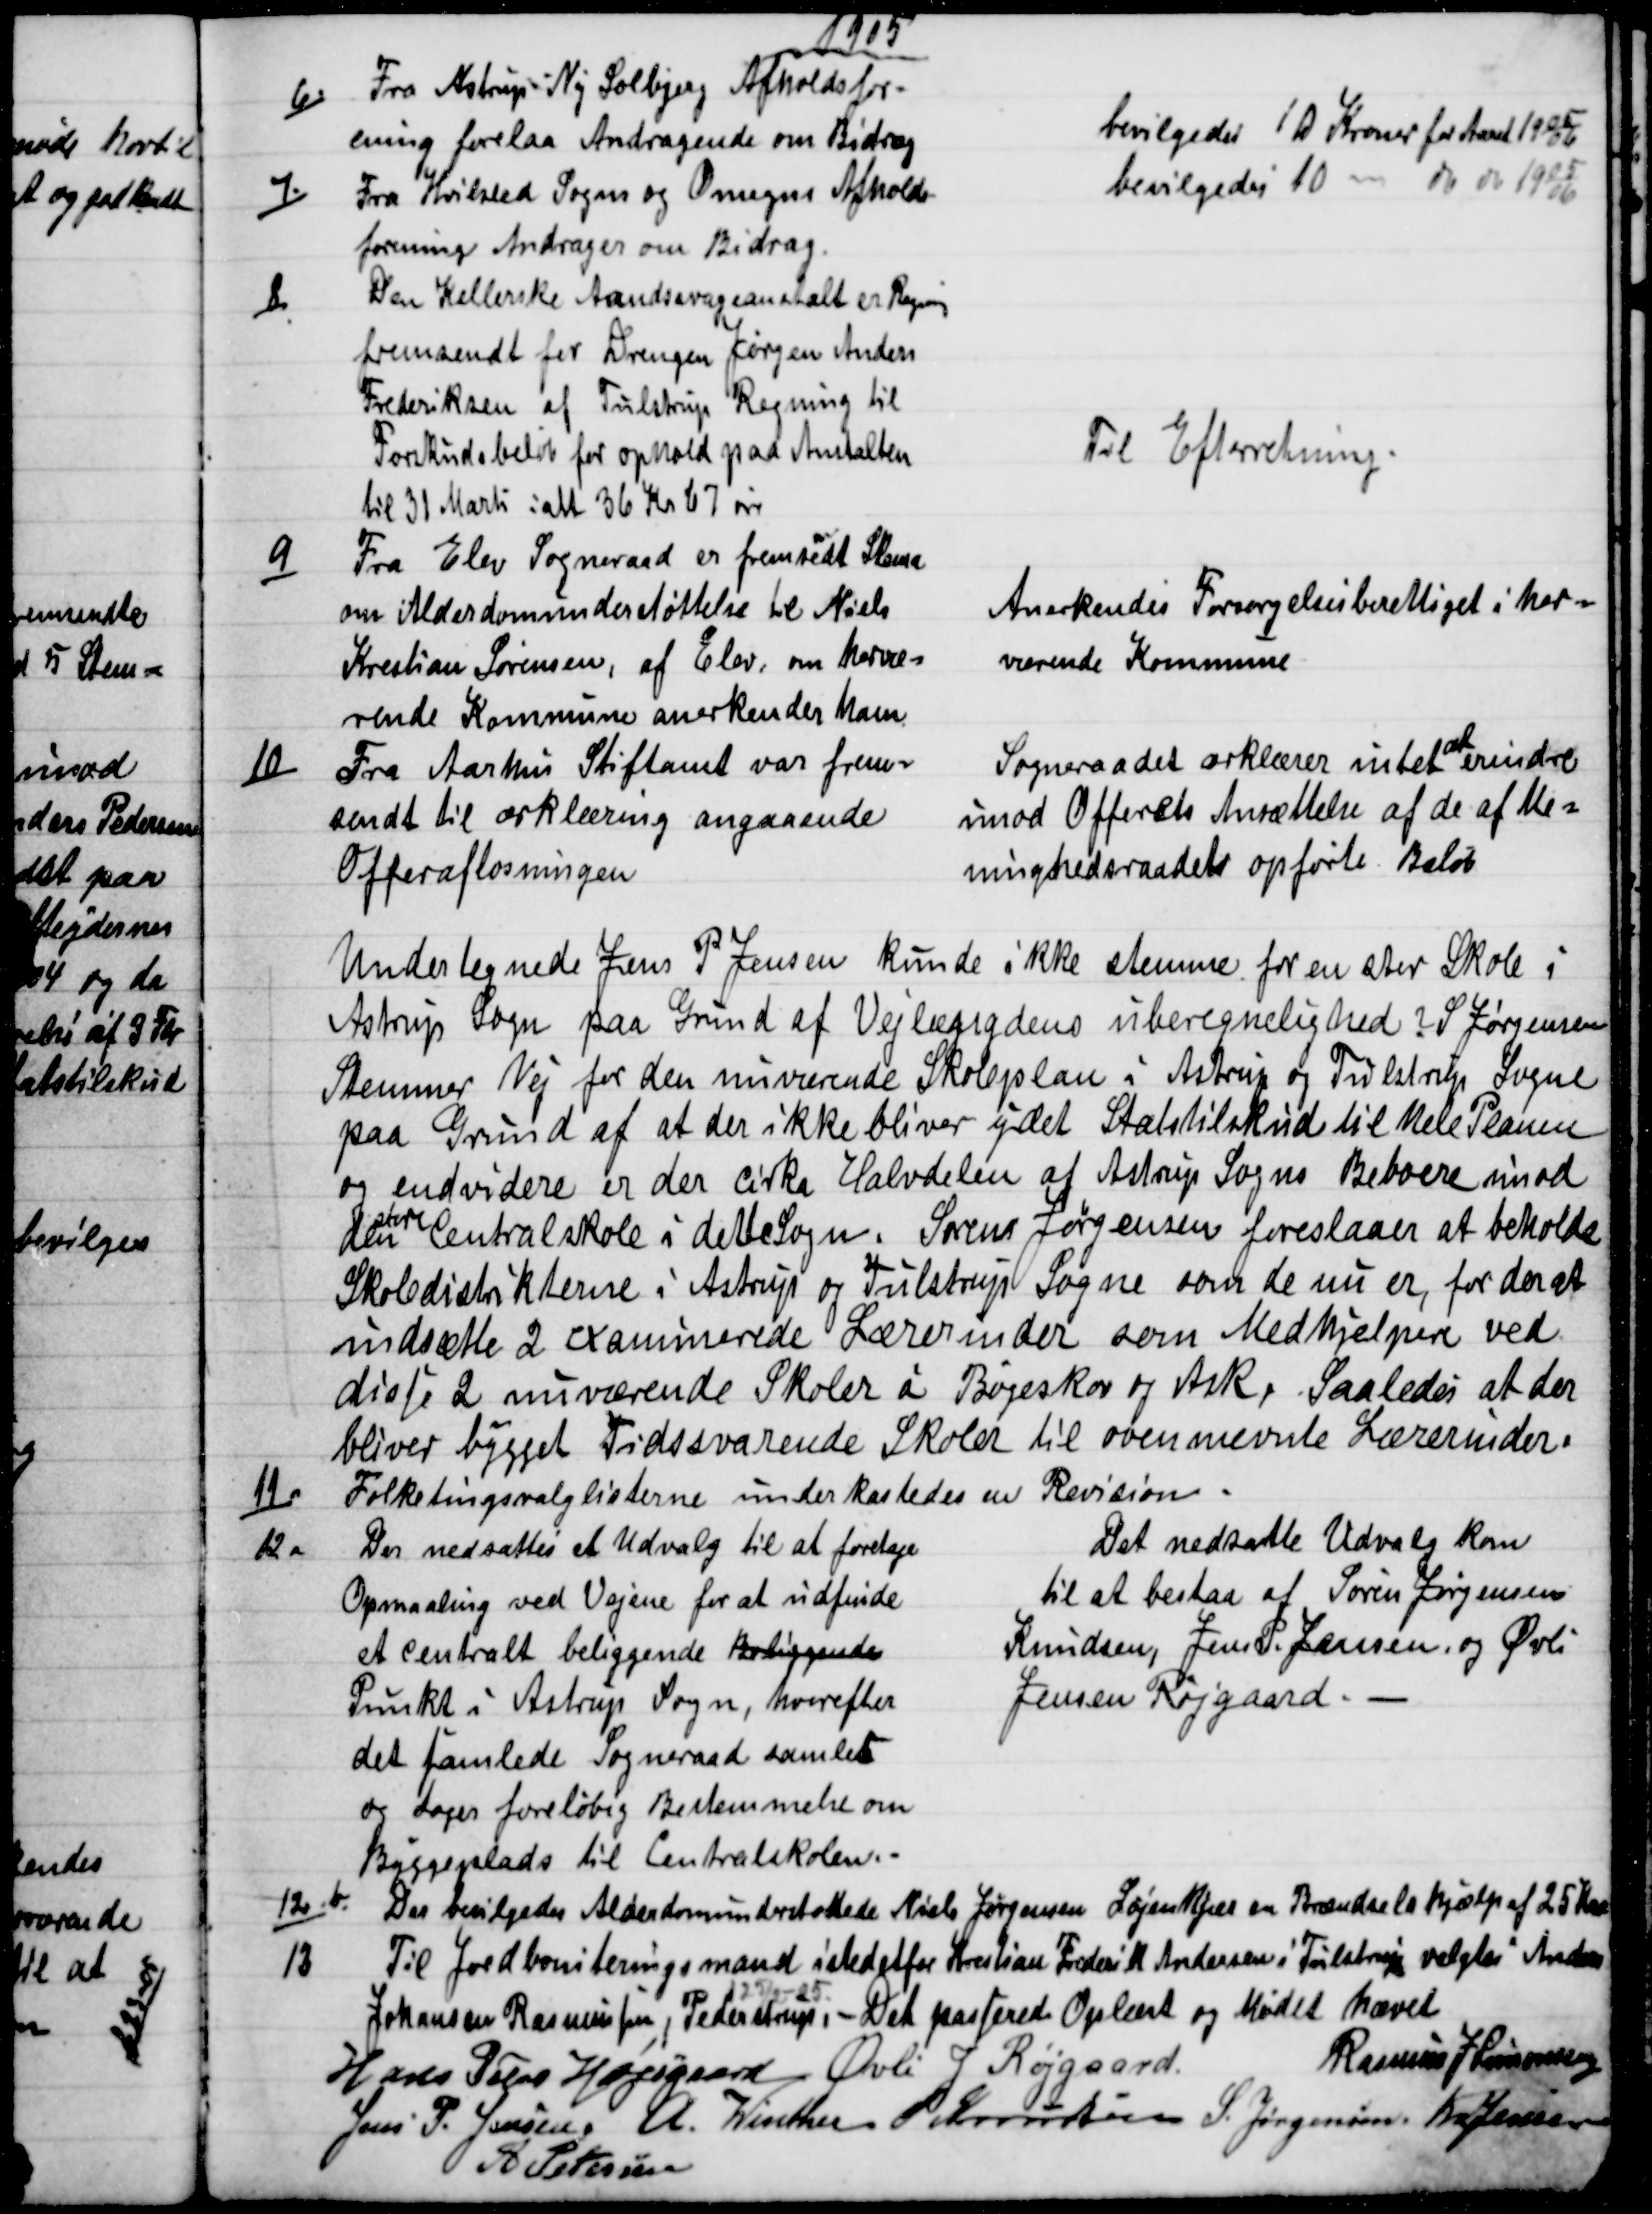
Transskription:
1905
6)
Fra Astrup - Ny Solbjerg Afholdsfor-
ening forelaa Andragende om Bidrag
bevilgedes 10 Kroner for Aaret 1905/06
7)
Fra Hvilsted Sogns og Omegns Afholds-
forening Andrager om Bidrag.
bevilgedes 10  - do do  1905/06
8)
Den Kellerske Aandssvageanstalt er Regning
fremsendt for Drengen Jørgen Anders
Frederiksen af Tulstrup Regning til
Forskudsbeløb for ophold paa Anstalten
til 31 Marts ialt 36 Kr 67 øre
Til Efterretning.
9)
Fra Elev Sogneraad er fremstedt Skema
om Alderdomsunderstøttelse til Niels
Krestian Sørensen, af Elev, om hervæ=
rende Kommune anerkender ham
Anerkendes Forsørgelsesberettiget i her=
værende Kommune
10)
Fra Aarhus Stiftamt var frem=
sendt til ærklæring angaaende
Offerafløsningen
Sogneraadet ærklærer intet 
at
erindre
imod Offerets Ansættelse af de af Me=
ninghedsraadets opførte Beløb
Undertegnede Jens P Jensen kunde ikke stemme for en stor Skole i
Astrup Sogn paa Grund af Vejlængdens uberegnelighed? S Jørgensen
Stemmer Nej for den nuværende Skoleplan i Astrup og Tulstrup Sogne
paa Grund af at der ikke bliver ydet Statstilskud til hele Planen
og endvidere er der cirka Halvdelen af Astrup Sogns Beboere imod
den
store
Centralskole i dette Sogn. Søren Jørgensen foreslaaer at beholde
Skoledistrikterne i Astrup og Tulstrup Sogne som de nu er, for der at
indsætte 2 examinerede Lærerinder som Medhjelpere ved
disse 2 nuværende Skoler i Bøgeskov og Ask, Saaledes at der
bliver bygget Tidssvarende Skoler til ovennævnte Lærerinder.
11)
Folketingsvalglisterne underkastedes en Revision.
12 a
Der nedsattes et Udvalg til at foretage
Opmaaling ved Vejene for at udfinde
et centralt beliggende Beliggende
Punkt i Astrup Sogn, hvorefter
det samlede Sogneraad samles
og tager foreløbig Bestemmelse om
Byggeplads til Centralskolen.
Det nedsatte Udvalg kom
til at bestaa af Søren Jørgensen
Knudsen, Jens P. Jensen og Øvli
Jensen Røjgaard.
12.b.)
Der bevilgedes Alderdomsunderstøttede Niels Jørgensen Løjenkjær en Brændselshjælp af 25 Kr
13
Til Jordboniteringsmand istedetfor Krestian Frederik Andersen i Tulstrup valgtes Anders
Johansen Rasmussen, Pederstrup. 
125/2-25
Det passerede Oplæst og Mødet hævet
Hans Peder Højsgaard Øvli J Røjgaard
Rasmus J Simonsen
Jens P. Jensen, A. Winther. J Knudsen S. Jørgensen. Kr Jensen
A Petersen